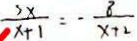
\frac { 3 x } { x + 1 } = - \frac { 8 } { x + 2 }